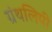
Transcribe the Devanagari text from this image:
ग्रंथलिपी